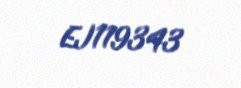
EJ119343